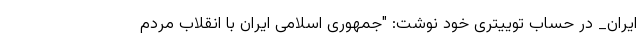
ایران_ در حساب توییتری خود نوشت: "جمهوری اسلامی ایران با انقلاب مردم